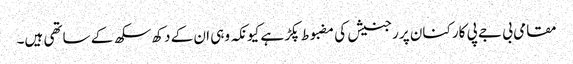
مقامی بی جے پی کارکنان پر رجنیش کی مضبوط پکڑ ہے کیونکہ وہی ان کے دکھ سکھ کے ساتھی ہیں۔